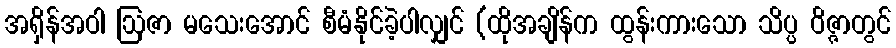
အရှိန်အဝါ ဩဇာ မသေးအောင် စီမံနိုင်ခဲ့ပါလျှင် (ထိုအချိန်က ထွန်းကားသော သိပ္ပ ဝိဇ္ဇာတွင်